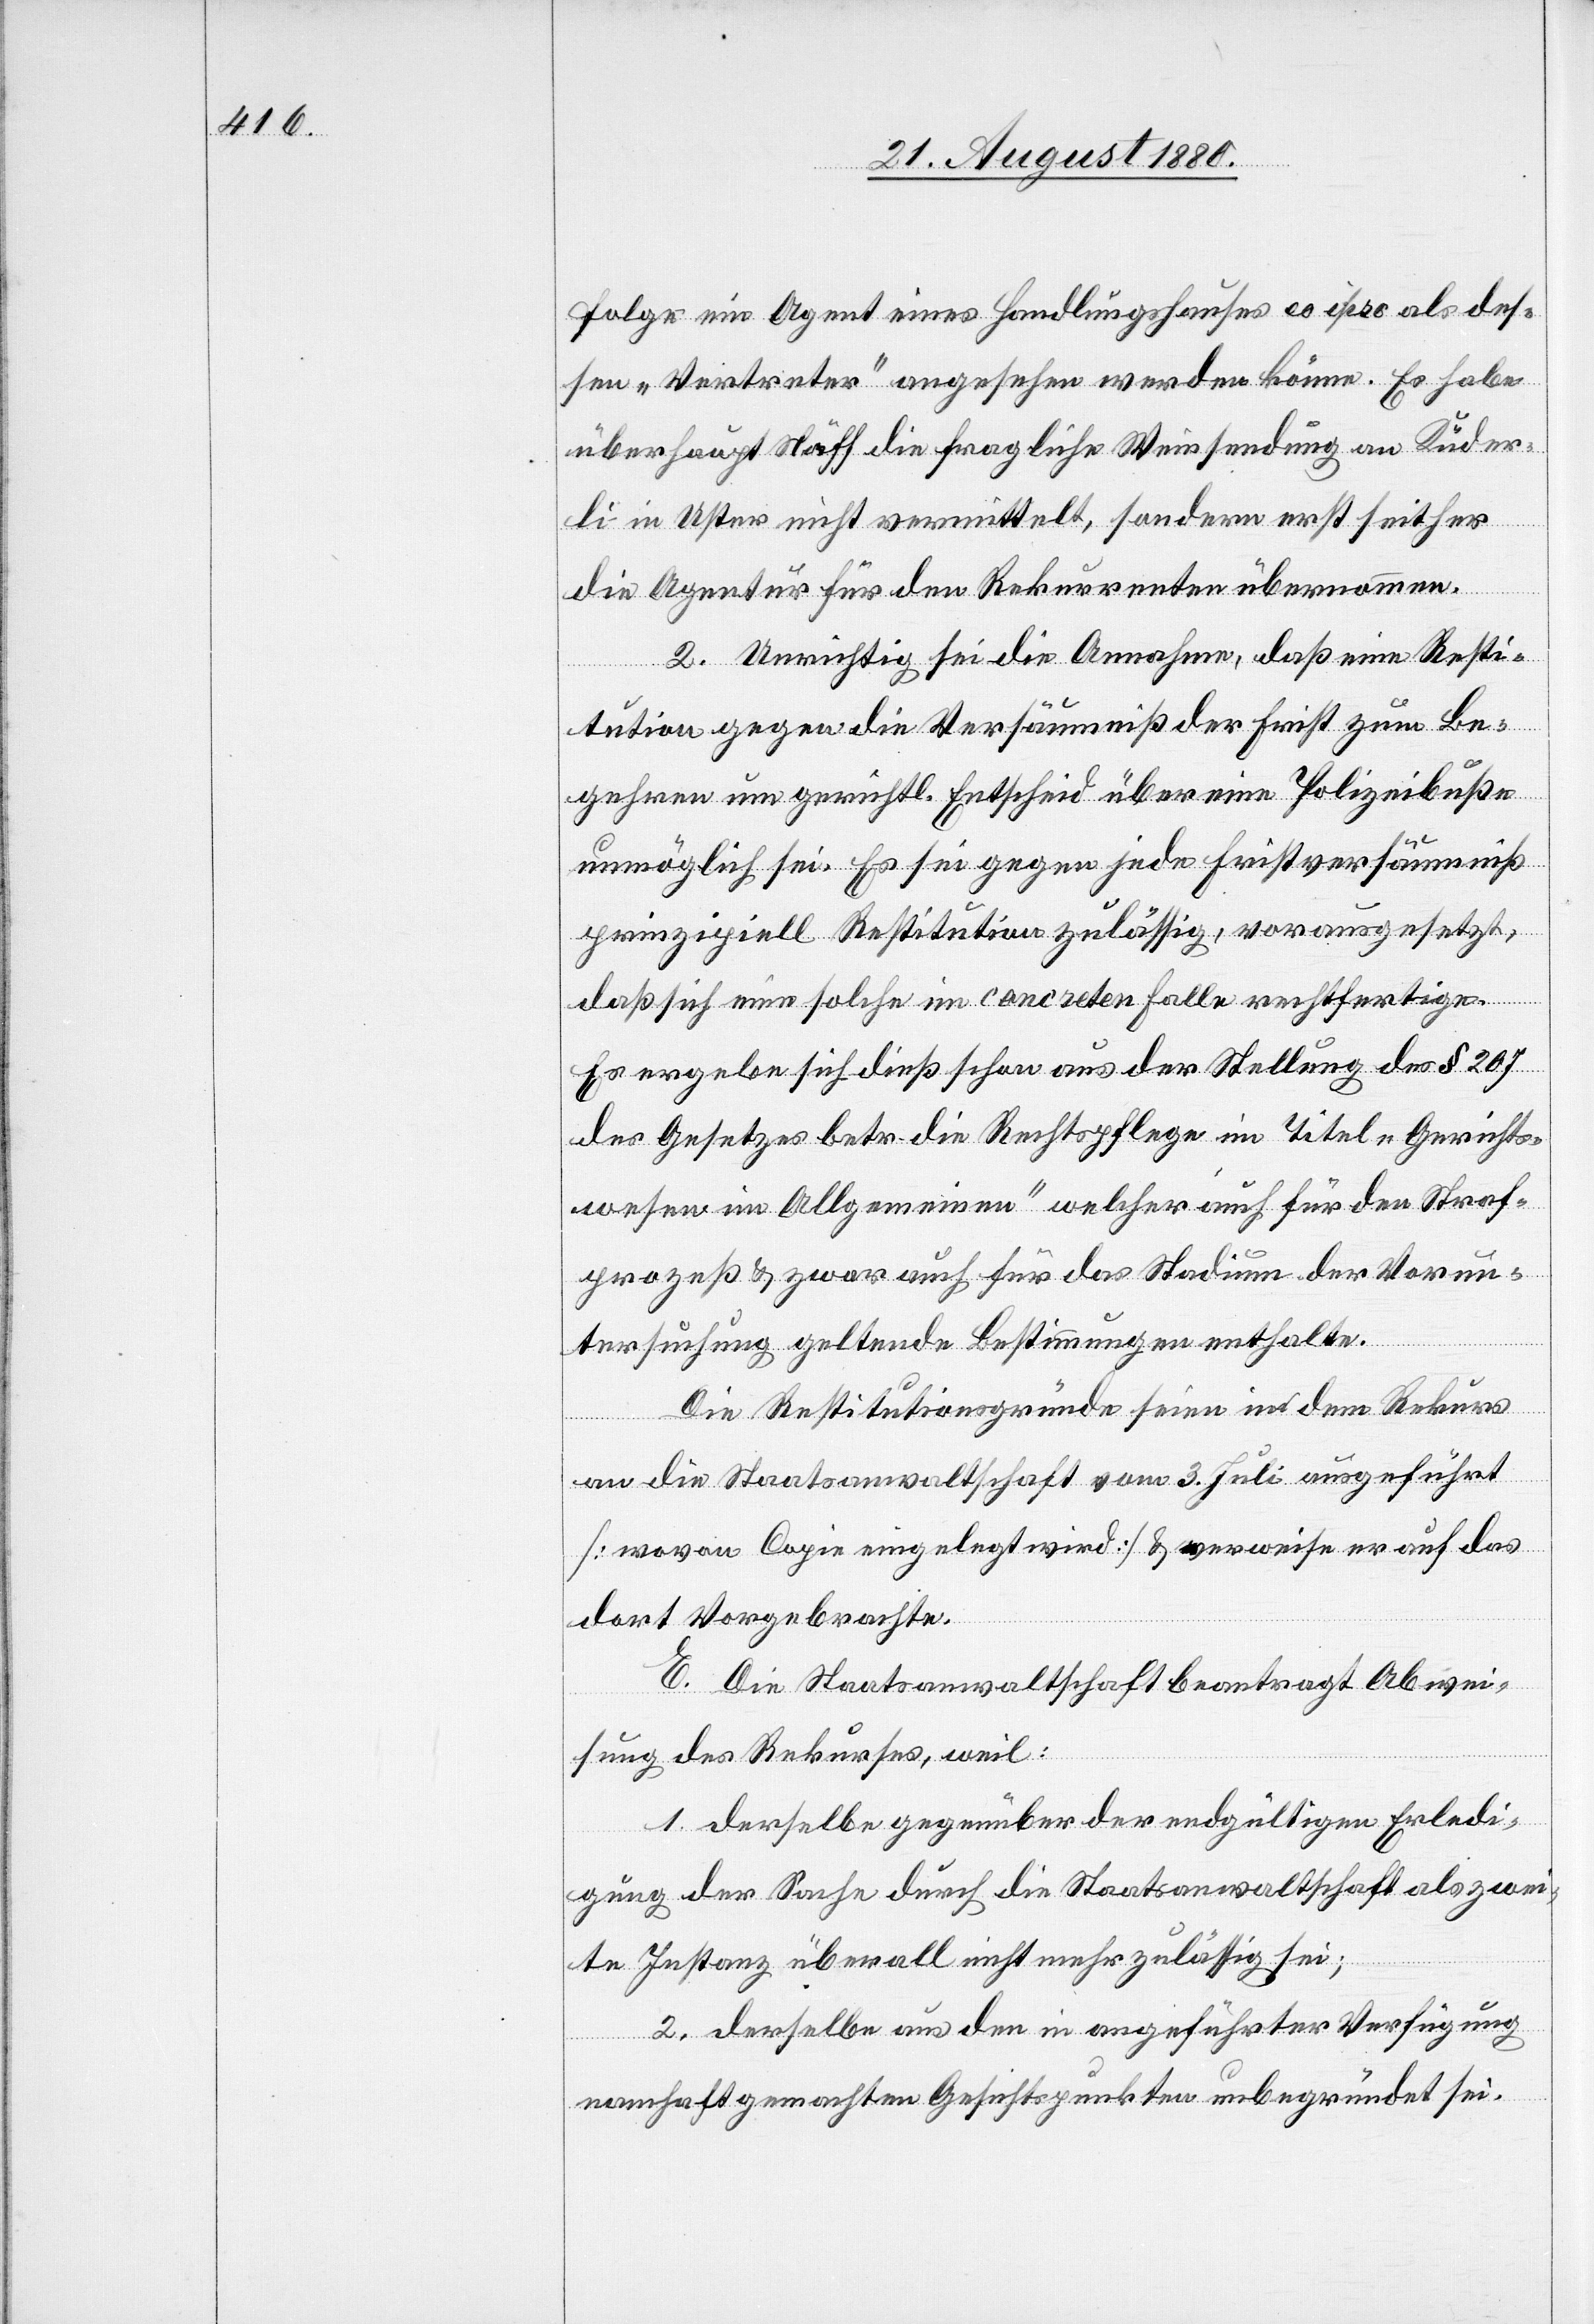
folge ein Agent eines Handlungshauses eo ipso als des¬
sen „Vertreter“ angesehen werden könne. Es habe
überhaupt Näff die fragliche Weinsendung an Kuder¬
li in Uster nicht vermittelt, sondern erst seither
die Agentur für den Rekurrenten übernommen.
2. Unrichtig sei die Annahme, daß eine Resti¬
tution gegen die Versäumniß der Frist zum Be¬
gehren um gerichtl. Entscheid über eine Polizeibuße
unmöglich sei. Es sei gegen jede Fristversäumniß
prinzipiell Restitution zulässig, vorausgesetzt,
daß sich eine solche im concreten Falle rechtfertige.
Es ergebe sich dieß schon aus der Stellung des § 207
des Gesetzes betr. die Rechtspflege im Titel „Gerichts¬
wesen im Allgemeinen“ welcher auch für den Straf¬
prozeß & zwar auch für das Stadium der Vorun¬
tersuchung geltende Bestimmungen enthalte.
Die Restitutionsgründe seien in dem Rekurs
an die Staatsanwaltschaft vom 3. Juli ausgeführt
[wovon Copie eingelegt wird] & verweise er auf das
dort Vorgebrachte.
E. Die Staatsanwaltschaft beantragt Abwei¬
sung des Rekurses, weil:
1. derselbe gegenüber der endgültigen Erledi¬
gung der Sache durch die Staatsanwaltschaft als zwei¬
te Instanz überall nicht mehr zulässig sei;
2. derselbe aus den in angeführter Verfügung
namhaft gemachten Gesichtspunkten unbegründet sei.